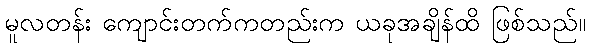
မူလတန်း ကျောင်းတက်ကတည်းက ယခုအချိန်ထိ ဖြစ်သည်။